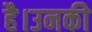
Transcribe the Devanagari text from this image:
है।उनकी